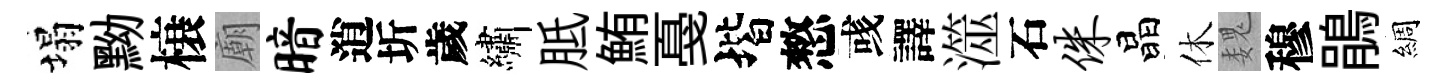
塌黝榱廟暗逍圻歲繡胝鮪戞堦憗彧譯澨石侏晶休魏穆鵑綢